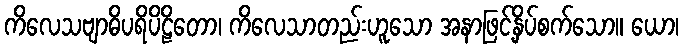
ကိလေသဗျာဓိပရိပိဠိတော၊ ကိလေသာတည်းဟူသော အနာဖြင့်နှိပ်စက်သော။ ယော၊